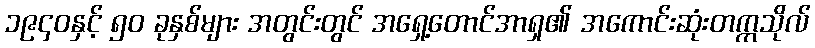
၁၉၄၀နှင့် ၅၀ ခုနှစ်များ အတွင်းတွင် အရှေ့တောင်အာရှ၏ အကောင်းဆုံးတက္ကသိုလ်